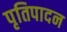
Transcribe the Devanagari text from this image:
पृतिपादन